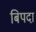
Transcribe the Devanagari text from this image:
बिपदा